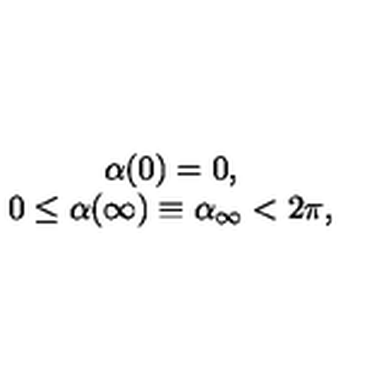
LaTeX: \begin{array} { c } { \alpha ( 0 ) = 0 , } \\ { 0 \leq \alpha ( \infty ) \equiv \alpha _ { \infty } < 2 \pi , } \\ \end{array}